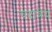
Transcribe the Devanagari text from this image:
चंदात्रेय